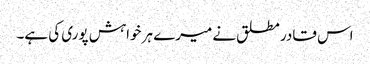
اس قادر مطلق نے میرے ہر خواہش پوری کی ہے۔